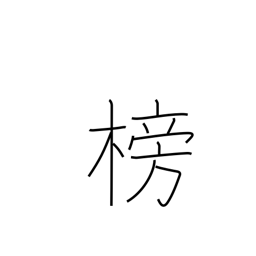
Meaning: rudder